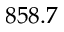
8 5 8 . 7